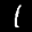
Label: 1